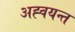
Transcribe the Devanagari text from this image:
अह्वयन्त